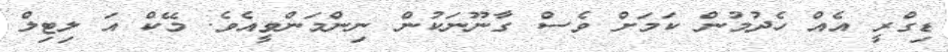
ޑިގްރީ އެއް ހެދުމުން ކަމަށް ވެސް ގާނޫނަކުން ނިންމަންވީއެވެ. މޭކް އަ ލިޓިލް